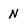
Character: N